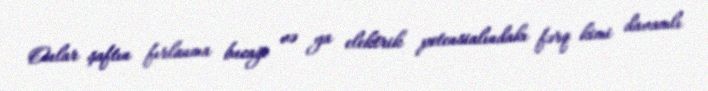
Onlar şaftın fırlanma bucağı və ya elektrik potensialındakı fərq kimi davamlı